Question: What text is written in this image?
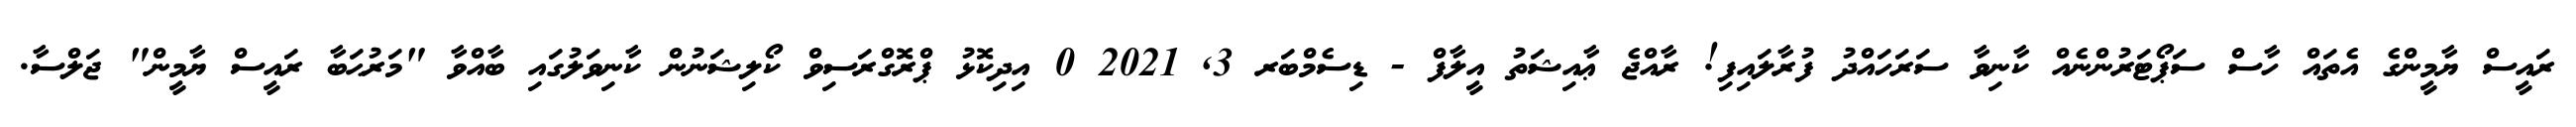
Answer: ރައީސް ޔާމީންގެ އެތައް ހާސް ސަޕޯޓަރުންނެއް ކާނިވާ ސަރަހައްދު ފުރާލައިފި! ރާއްޖެ ޢާއިޝަތު އީލާފް - ޑިސެމްބަރ 3, 2021 0 އިދިކޮޅު ޕްރޮގްރަސިވް ކޯލިޝަނުން ކާނިވަލުގައި ބާއްވާ "މަރުޙަބާ ރައީސް ޔާމީން" ޖަލްސާ.